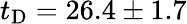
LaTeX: t_{\mathrm{D}}=26.4\pm 1.7